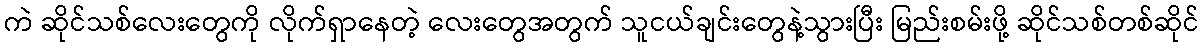
ကဲ ဆိုင်သစ်လေးတွေကို လိုက်ရှာနေတဲ့ လေးတွေအတွက် သူငယ်ချင်းတွေနဲ့သွားပြီး မြည်းစမ်းဖို့ ဆိုင်သစ်တစ်ဆိုင်